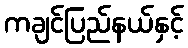
ကချင်ပြည်နယ်နှင့်